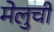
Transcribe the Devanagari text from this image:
मेलुची